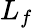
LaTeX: L_{f}